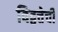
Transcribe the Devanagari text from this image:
विद्वत्तेची